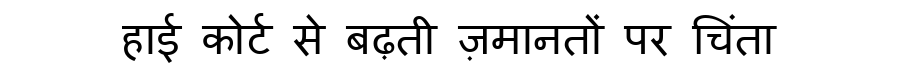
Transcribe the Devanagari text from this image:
हाई कोर्ट से बढ़ती ज़मानतों पर चिंता